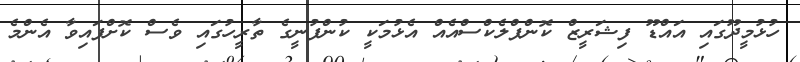
ހުޅުމީދޫގައި އައްޑޫ ފިޝަރީޒް ކޮންޕްލެކްސްއެއް އެޅުމަކީ ކުންފުނީގެ ތާރީހުގައި ވެސް ކޮށްފައިވާ އެންމެ